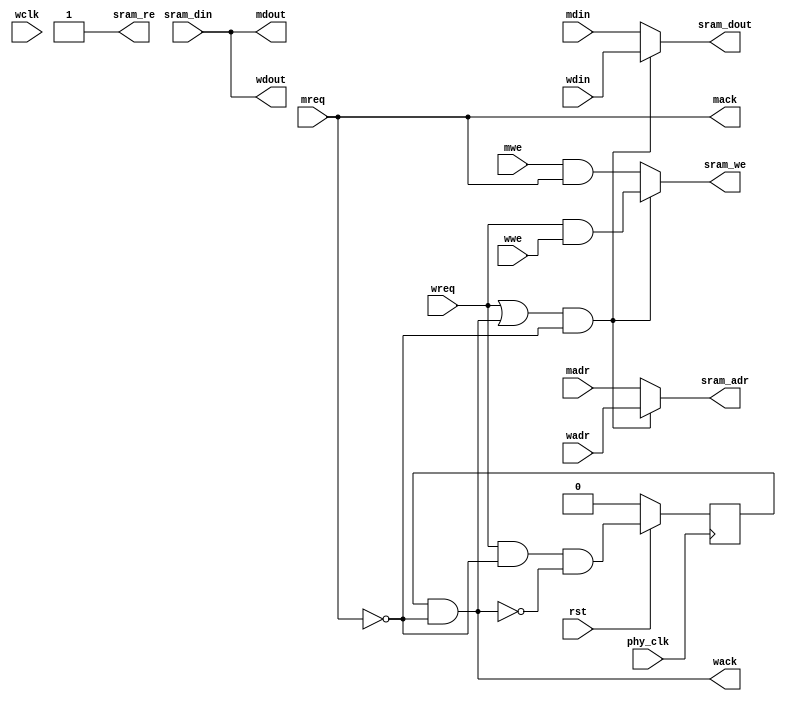
module usbf_mem_arb(	phy_clk, wclk, rst,

		// SSRAM Interface
		sram_adr, sram_din, sram_dout, sram_re, sram_we,

		// IDMA Memory Interface
		madr, mdout, mdin, mwe, mreq, mack,

		// WISHBONE Memory Interface
		wadr, wdout, wdin, wwe, wreq, wack

		);

parameter	SSRAM_HADR = 14;

input		phy_clk, wclk, rst;

output	[SSRAM_HADR:0]	sram_adr;
input	[31:0]	sram_din;
output	[31:0]	sram_dout;
output		sram_re, sram_we;

input	[SSRAM_HADR:0]	madr;
output	[31:0]	mdout;
input	[31:0]	mdin;
input		mwe;
input		mreq;
output		mack;

input	[SSRAM_HADR:0]	wadr;
output	[31:0]	wdout;
input	[31:0]	wdin;
input		wwe;
input		wreq;
output		wack;

///////////////////////////////////////////////////////////////////
//
// Local Wires and Registers
//

wire		wsel;
reg	[SSRAM_HADR:0]	sram_adr;
reg	[31:0]	sram_dout;
reg		sram_we;
wire		mack;
wire		mcyc;
reg		wack_r;

///////////////////////////////////////////////////////////////////
//
// Memory Arbiter Logic
//

// IDMA has always first priority

// -----------------------------------------
// Ctrl Signals

assign wsel = (wreq | wack) & !mreq;

// -----------------------------------------
// SSRAM Specific
// Data Path
always @(wsel or wdin or mdin)
	if(wsel)	sram_dout = wdin;
	else		sram_dout = mdin;

// Address Path
always @(wsel or wadr or madr)
	if(wsel)	sram_adr = wadr;
	else		sram_adr = madr;

// Write Enable Path
always @(wsel or wwe or wreq or mwe or mcyc)
	if(wsel)	sram_we = wreq & wwe;
	else		sram_we = mwe & mcyc;

assign sram_re = 1'b1;

// -----------------------------------------
// IDMA specific

assign mdout = sram_din;

assign mack = mreq;

assign mcyc = mack;	// Qualifier for writes

// -----------------------------------------
// WISHBONE specific
assign wdout = sram_din;

assign wack = wack_r & !mreq;

`ifdef USBF_ASYNC_RESET
always @(posedge phy_clk or negedge rst)
`else
always @(posedge phy_clk)
`endif
	if(!rst)	wack_r <= 1'b0;
	else		wack_r <= wreq & !mreq & !wack;

endmodule